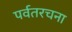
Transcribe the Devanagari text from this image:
पर्वतरचना